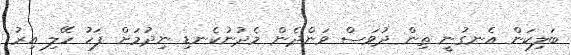
ބަލިކަން އެނގުނީ ތިން ދުވަސް ވަންދެން މެދުނުކެނޑި ނިދުމަށް ފަހު ހޭލި އިރު